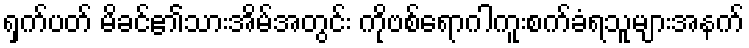
ရှက်ပတ် မိခင်၏သားအိမ်အတွင်း ကိုဗစ်ရောဂါကူးစက်ခံရသူများအနက်